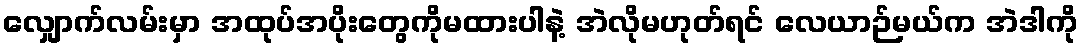
လျှောက်လမ်းမှာ အထုပ်အပိုးတွေကိုမထားပါနဲ့ အဲလိုမဟုတ်ရင် လေယာဉ်မယ်က အဲဒါကို